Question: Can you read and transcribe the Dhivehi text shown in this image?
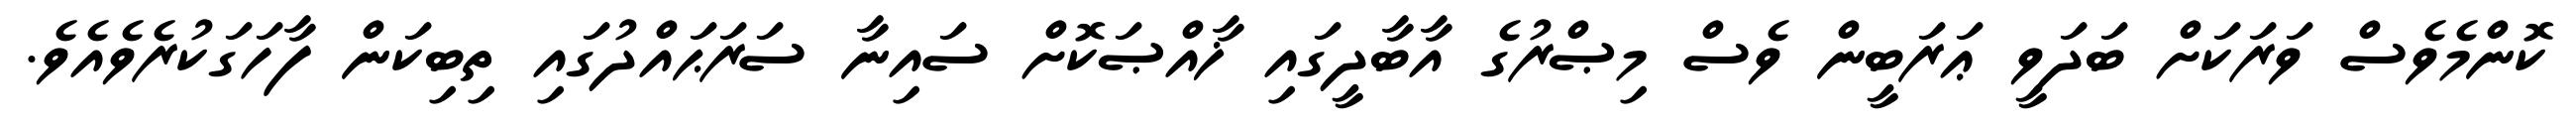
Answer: ކޮންމެވެސް ވަރަކަށް ބަދަވީ ޢަރަބީން ވެސް މިޞްރުގެ އާބާދީގައި ޚާއްޞަކޮށް ސައިނާ ސަރަޙައްދުގައި ތިބިކަން ފާހަގަކުރެވެއެވެ.